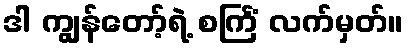
ဒါ ကျွန်တော့်ရဲ့ စင်္ကြံ လက်မှတ်။